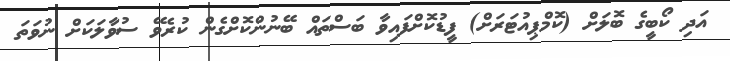
އަދި ކޯބީގެ ބޮލަށް (ކޮމްޕިއުޓަރަށް) ފީޑުކޮށްފައިވާ ބަސްތައް ބޭނުންކޮށްގެން ކުރެވޭ ސުވާލަކަށް ނުވަތަ